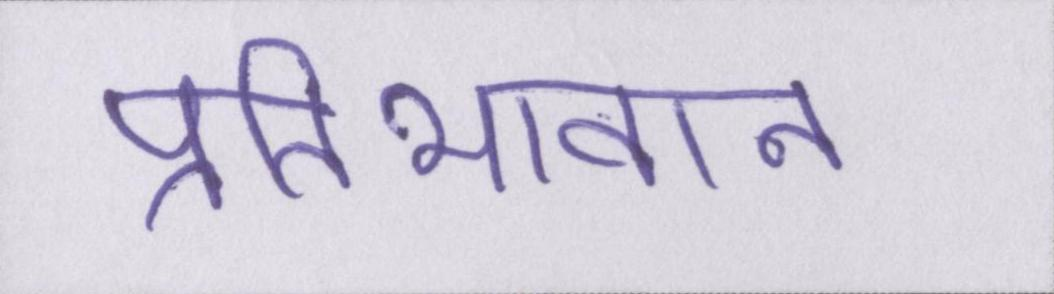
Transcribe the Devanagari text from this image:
प्रतिभावान